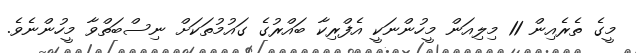
މީގެ ތެރެއިން 11 މިލިއަން މީހުންނަކީ އެފްރިކާ ބައްރުގެ ގައުމުތަކަށް ނިސްބަތްވާ މީހުންނެވެ.